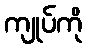
ကျုပ်ကို